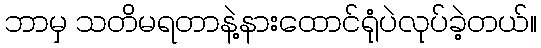
ဘာမှ သတိမရတာနဲ့နားထောင်ရုံပဲလုပ်ခဲ့တယ်။